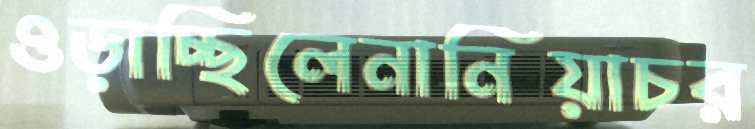
ওড়াচ্ছিলেনানিয়াচর